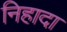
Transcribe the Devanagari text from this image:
निहादा